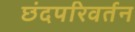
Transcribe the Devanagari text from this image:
छंदपरिवर्तन